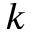
k